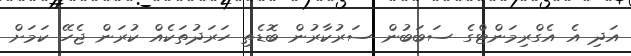
އަދި އެ އެގްރިމަންޓްގެ ސަބަބުން ސަރުކާރުން ބޮޑެތި ހަރަދުތަކެއް ކުރަން ޖެހޭ ކަމަށް